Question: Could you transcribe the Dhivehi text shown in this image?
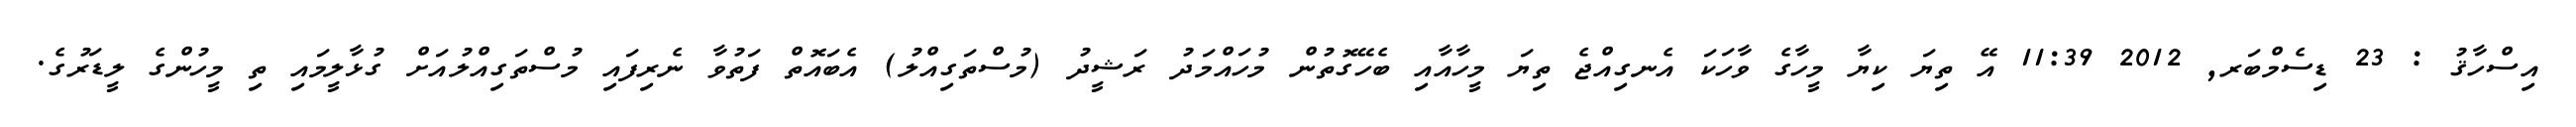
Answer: އިސްހާޤު : 23 ޑިސެމްބަރ, 2012 11:39 އޭ ތިޔަ ކިޔާ މީހާގެ ވާހަކަ އެނގިއްޖެ ތިޔަ މީހާއާއި ބެހޭގޮތުން މުހައްމަދު ރަޝީދު (މުސްތަގިއްލު) އެބައޮތް ފަތުވާ ނެރިފައި މުސްތަގިއްލުއަށް ގުޅާލީމައި ތި މީހުންގެ ލީޑަރުގެ.